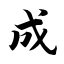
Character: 成